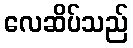
လေဆိပ်သည်